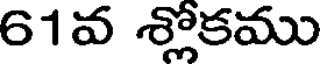
61వ శ్లోకము